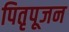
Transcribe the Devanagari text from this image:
पितृपूजन